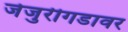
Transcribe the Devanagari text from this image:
जेजुरीगडावर